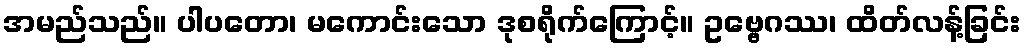
အမည်သည်။ ပါပတော၊ မကောင်းသော ဒုစရိုက်ကြောင့်။ ဥဗ္ဗေဂဿ၊ ထိတ်လန့်ခြင်း